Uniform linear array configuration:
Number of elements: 48
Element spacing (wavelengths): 0.75
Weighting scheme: hamming
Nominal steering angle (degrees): -15
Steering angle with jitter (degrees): -15.371
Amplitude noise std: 0.05
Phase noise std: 0.05

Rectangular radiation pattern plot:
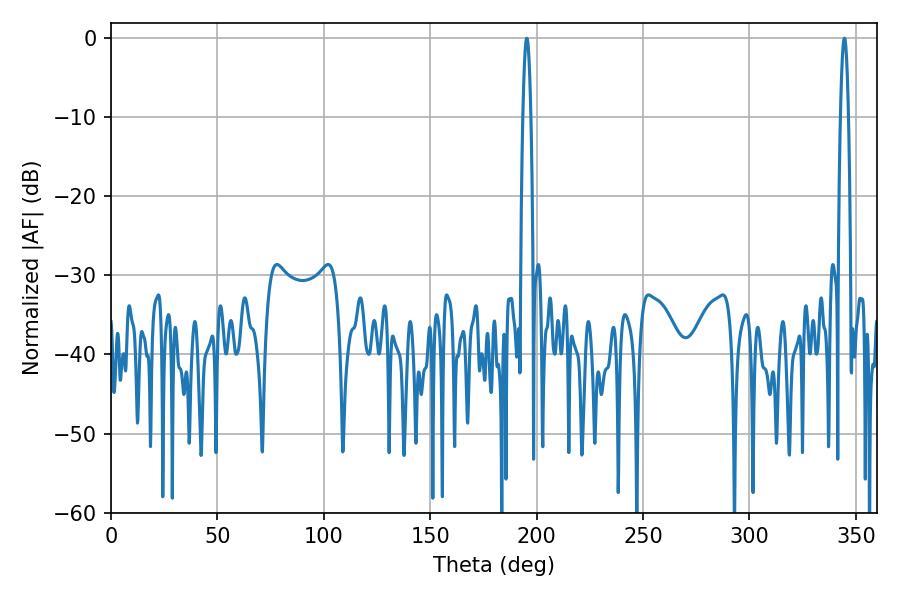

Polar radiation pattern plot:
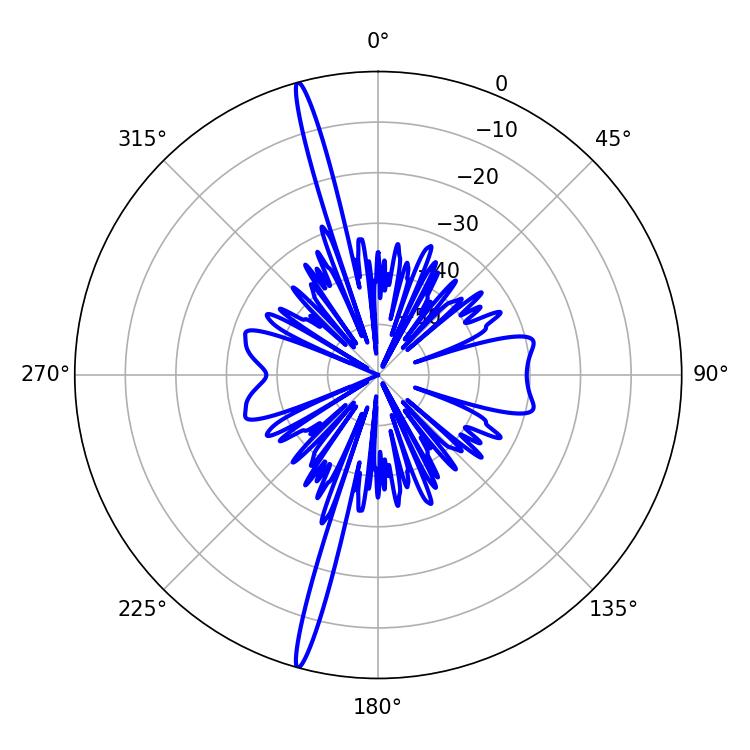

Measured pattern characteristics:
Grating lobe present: TRUE
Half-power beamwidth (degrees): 1.98
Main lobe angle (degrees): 195.3